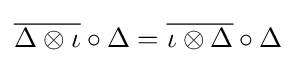
{\overline {\Delta \otimes \iota }}\circ \Delta ={\overline {\iota \otimes \Delta }}\circ \Delta